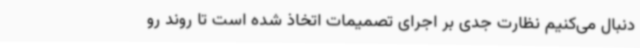
دنبال می‌کنیم نظارت جدی بر اجرای تصمیمات اتخاذ شده است تا روند رو